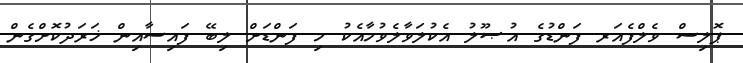
ޕޮލިސް ވެލްފެއަރ ފަންޑުގެ އުޞޫލު އެކުލަވާލެވުމާއެކު މި ފަންޑަށް ލިބޭ ފައިސާއިން ޚަރަދުކޮށްގެން